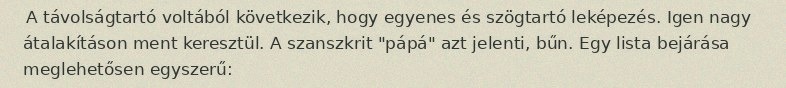
A távolságtartó voltából következik, hogy egyenes és szögtartó leképezés. Igen nagy átalakításon ment keresztül. A szanszkrit "pápá" azt jelenti, bűn. Egy lista bejárása meglehetősen egyszerű: